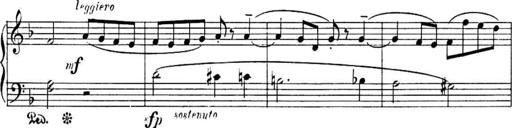
Title: Sonatines
Composer: Hedwige ChrÃ©tien